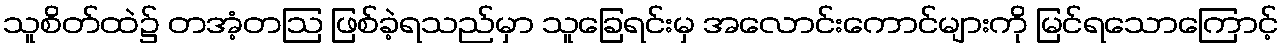
သူစိတ်ထဲ၌ တအံ့တဩ ဖြစ်ခဲ့ရသည်မှာ သူခြေရင်းမှ အလောင်းကောင်များကို မြင်ရသောကြောင့်